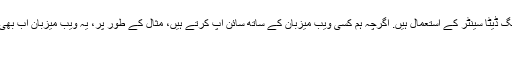
یہ سب حقیقت یہ ہے کہ آخر میں، ہم اب بھی لوگ ڈرائیونگ ڈیٹا سینٹر کے استعمال ہیں. اگرچہ ہم کسی ویب میزبان کے ساتھ سائن اپ کرتے ہیں، مثال کے طور پر، یہ ویب میزبان اب بھی ایک ڈیٹا سینٹر میں سامان گھر کرنے کی ضرورت ہے.
گرین ویب ہوسٹنگ کیا ہے؟